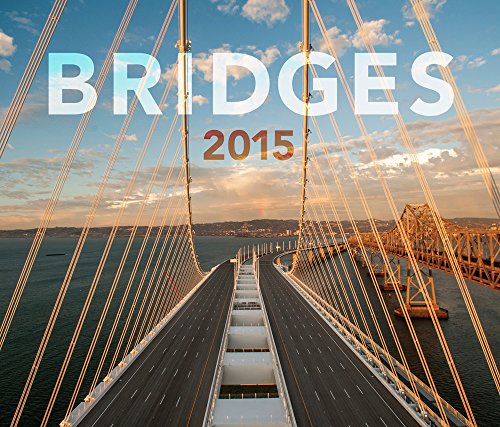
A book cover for Bridges 2015 Wall Calendar - American Society of Civil Engineers; American Society of Civil Engineers; Calendars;